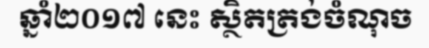
ឆ្នាំ២០១៧ នេះ ស្ថិតត្រង់ចំណុច